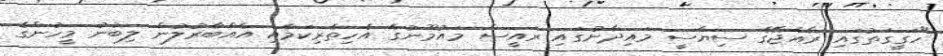
"ހަގީގަތުގައި ރާއްޖޭގެ ސިޔާސީ މައިދާނުގައި ރައީސް މައުމޫނުގެ އެހިތެރިކަމާއި އެއްބާރުލުން ލިބުނު މީހުންގެ